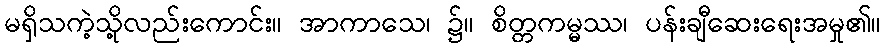
မရှိသကဲ့သို့လည်းကောင်း။ အာကာသေ၊ ၌။ စိတ္တကမ္မဿ၊ ပန်းချီဆေးရေးအမှု၏။